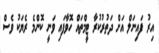
އިރު ފައިނަލް އަށް ދަތުރުކުރާ ޓީމްތައް ހޮވާފައި ވަނީ ކޮންމެ ރެޔަކު ވެސް